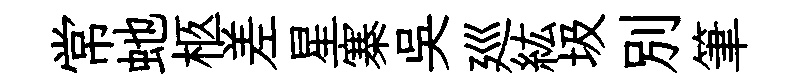
常虵柩差星寨吳廵紘圾別筆